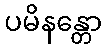
ပမိနန္တော